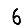
Digit: 6